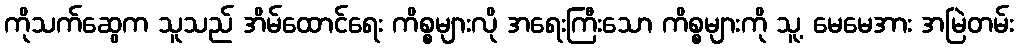
ကိုသက်ဆွေက သူသည် အိမ်ထောင်ရေး ကိစ္စများလို အရေးကြီးသော ကိစ္စများကို သူ့ မေမေအား အမြဲတမ်း